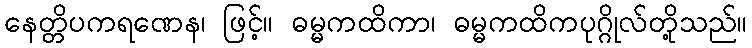
နေတ္တိပကရဏေန၊ ဖြင့်။ ဓမ္မကထိကာ၊ ဓမ္မကထိကပုဂ္ဂိုလ်တို့သည်။